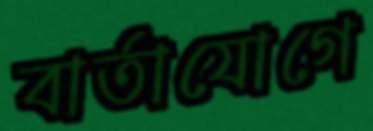
বার্তাযোগে